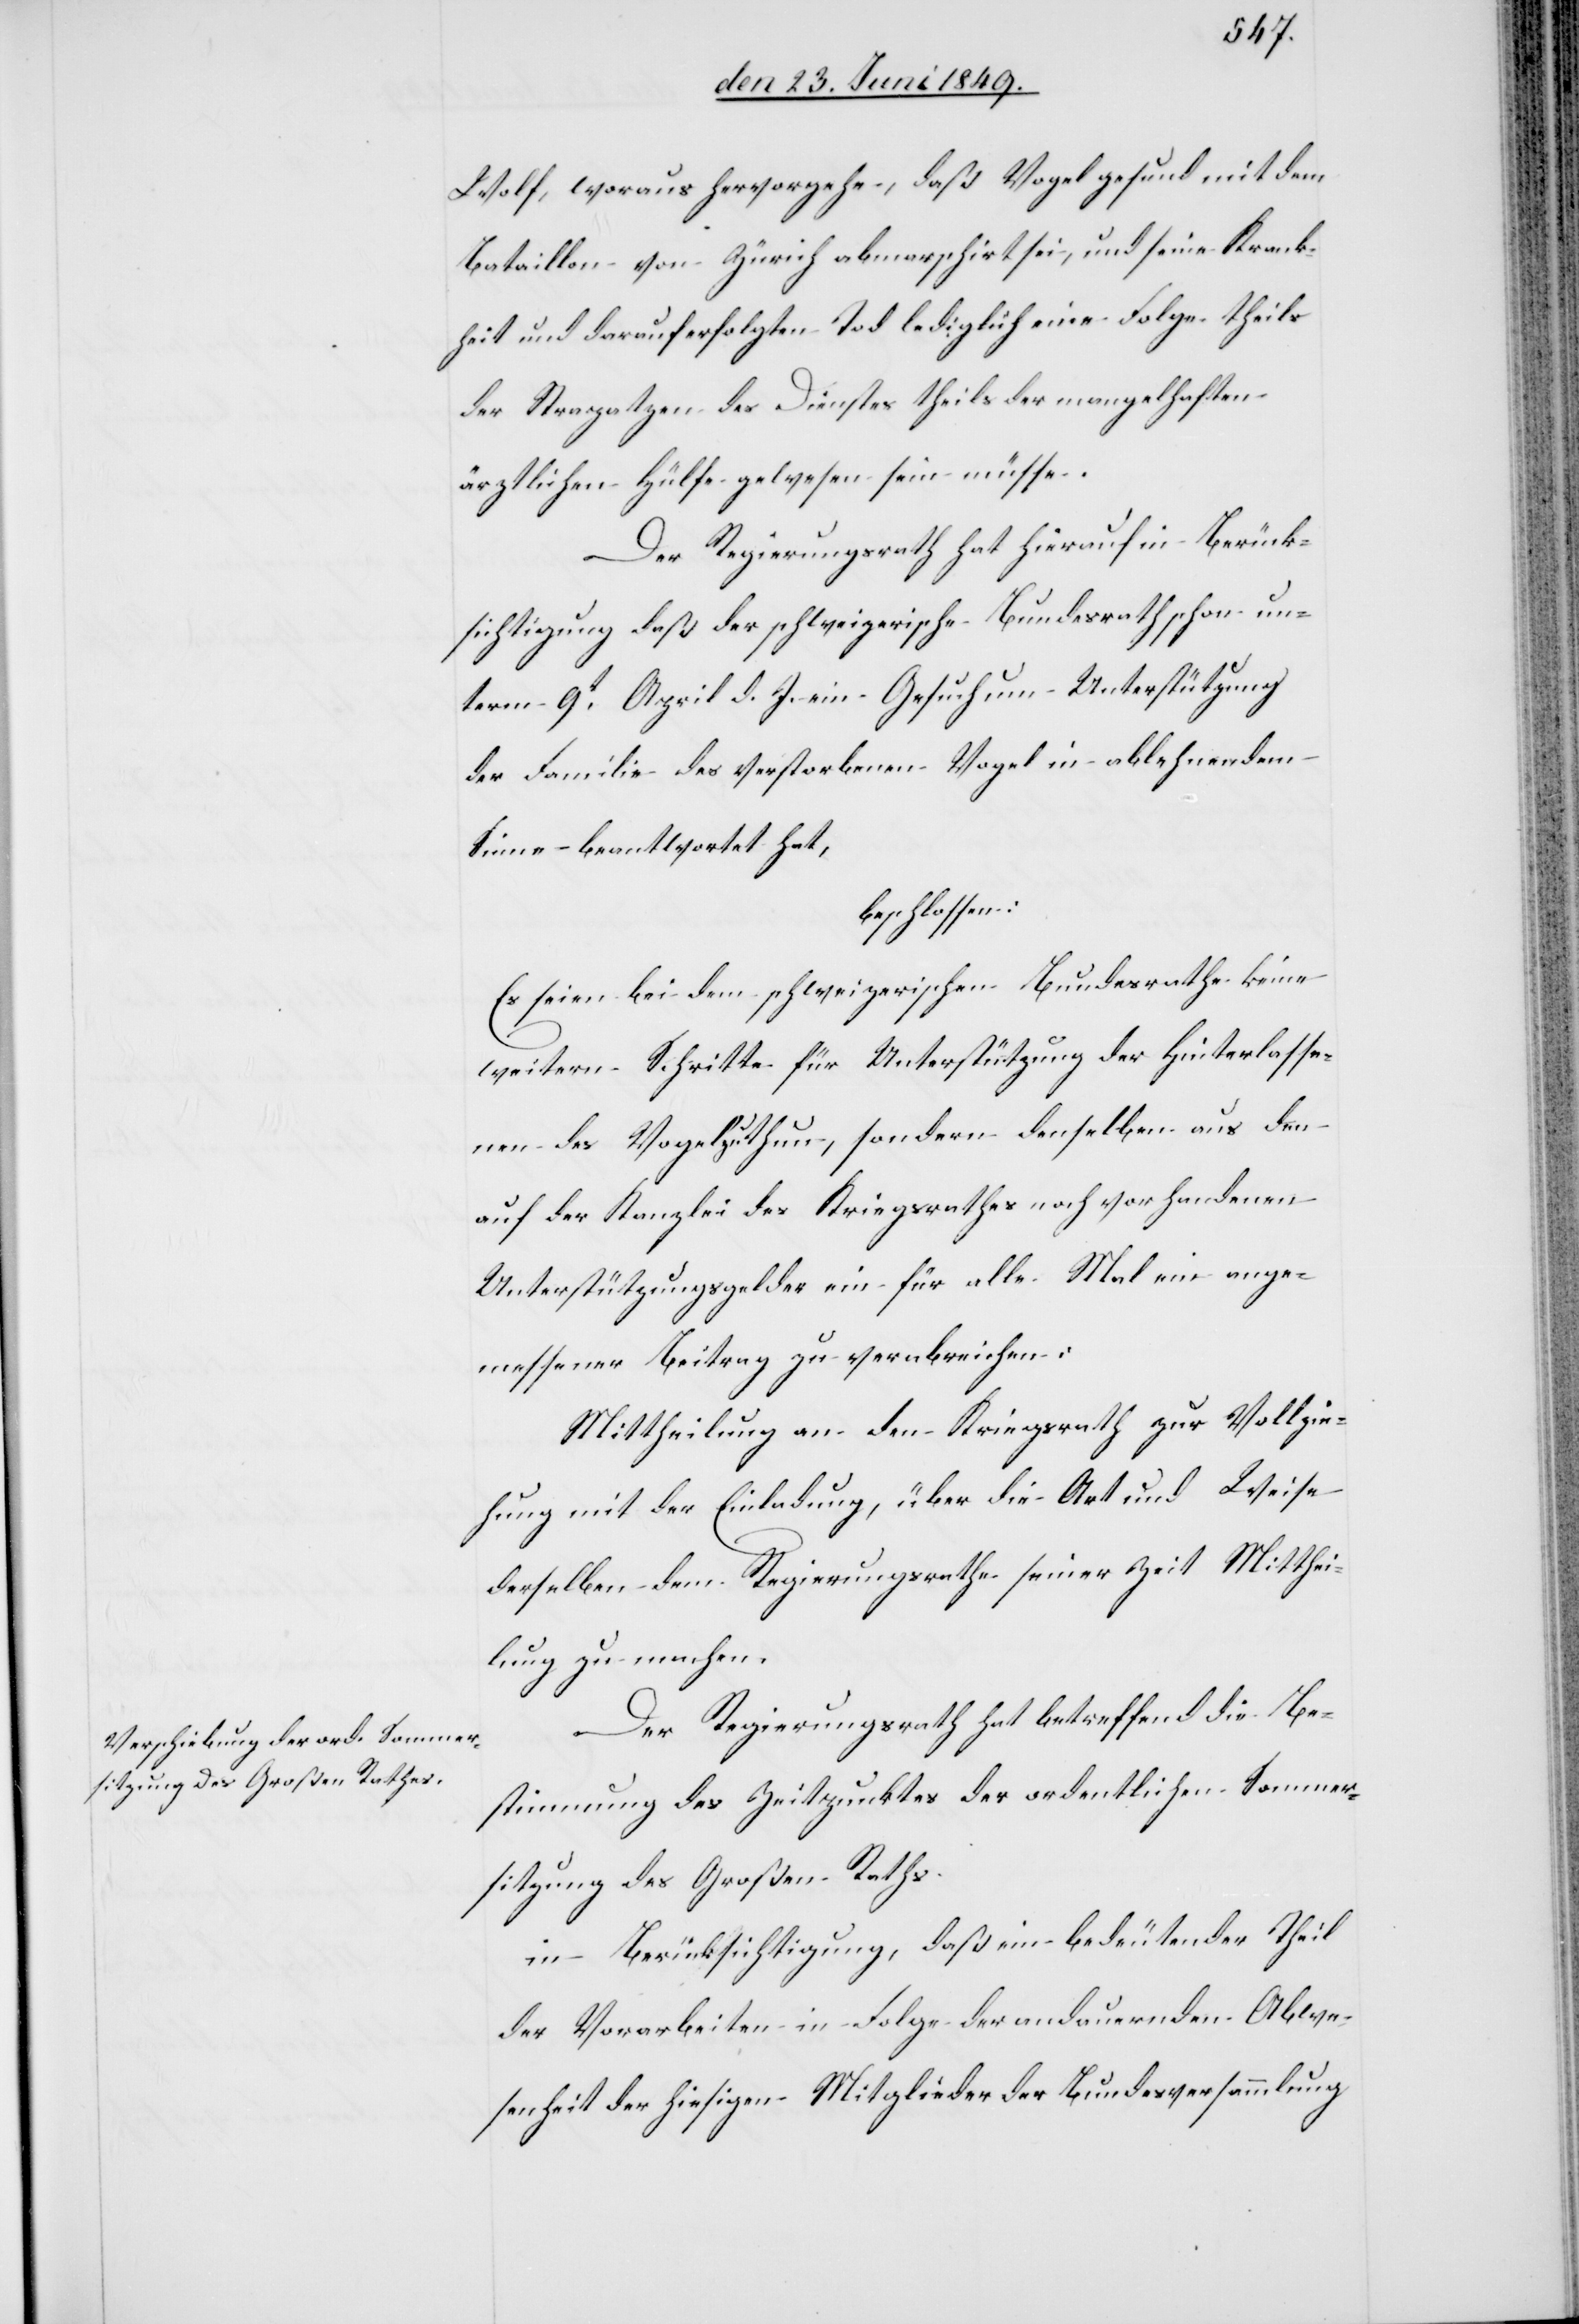
Wolf, woraus hervorgehe, daß Vogel gesund mit dem
Bataillon von Zürich abmarschirt sei, und seine Krank¬
heit und darauf erfolgten Tod lediglich eine Folge theils
der Strapatzen des Dienstes theils der mangelhaften
ärztlichen Hülfe gewesen sein müsse.
Der Regierungsrath hat hierauf in Berück¬
sichtigung daß der schweizerische Bundesrath schon un¬
term 9t April d. J. ein Gesuch um Unterstützung
der Familie des verstorbenen Vogel in ablehnendem
Sinne beantwortet hat,
beschlossen:
Es seien bei dem schweizerischen Bundesrath keine
weitern Schritte für Unterstützung der Hinterlasse¬
nen des Vogel zu thun, sondern denselben aus den
auf der Kanzlei des Kriegsrathes noch vorhandenen
Unterstützungsgelder ein für alle Mal ein ange¬
messener Beitrag zu verabreichen:
Mittheilung an den Kriegsrath zur Vollzie¬
hung mit der Einladung, über die Art und Weise
derselben dem Regierungsrathe seiner Zeit Mitthei¬
lung zu machen.
Der Regierungsrath hat betreffend die Be¬
stimmung des Zeitpunktes der ordentlichen Sommer¬
sitzung des Großen Rathes
in Berücksichtigung, daß ein bedeutender Theil
der Vorarbeiten in Folge der andauernden Abwe¬
senheit der hiesigen Mitglieder der Bundesversammlung